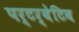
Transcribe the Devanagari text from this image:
पर्टर्बेटिव